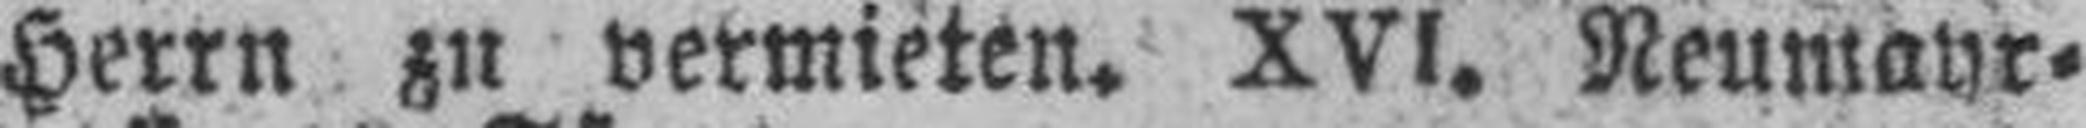
Herrn zu vermieten. XVI. Neumayr¬